Indian journal of veterinary science and animal husbandry - Volumes 22-23, 1952-1953
Year: 1952
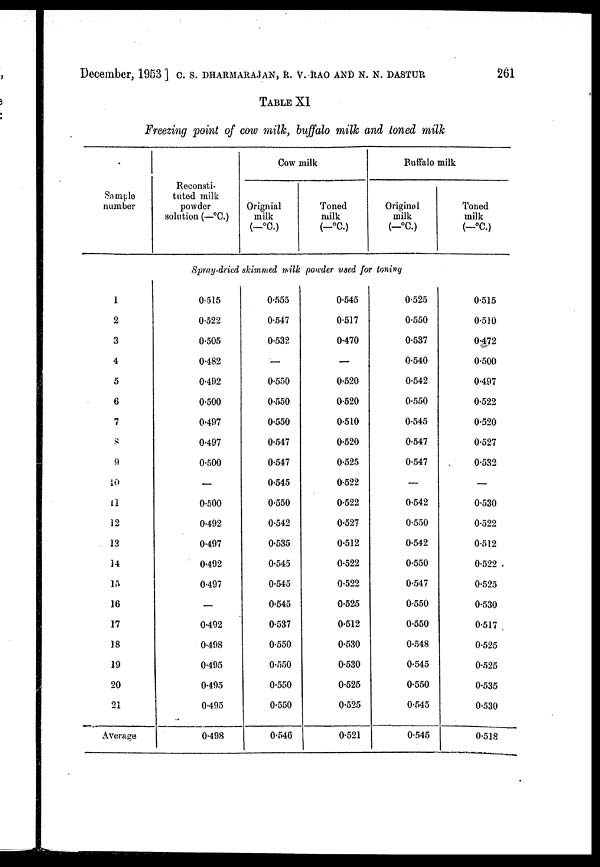
December, 1953] C. S. DHARMARAJAN, R. V. RAO AND N. N. DASTUR 261
TABLE XI
Freezing point of cow milk, buffalo milk and toned milk
Sample
number
1
2
3
4
5
6
7
8
9
10
11
12
13
14
15
16
17
18
19
20
21
Average
Reconsti-
tuted milk
powder
solution (—ºC.)
Cow milk
Original
milk
(—ºC.)
Toned
milk
(—ºC.)
Buffalo milk
Original
milk
(—ºC.)
Toned
milk
(—ºC.)
Spray-dried skimmed milk powder used for toning
0.515
0.522
0.505
0.482
0.492
0.500
0.497
0.497
0.500
—
0.500
0.492
0.497
0.492
0.497
—
0.492
0.498
0.495
0.495
0.495
0.498
0.555
0.547
0.532
—
0.550
0.550
0.550
0.547
0.547
0.545
0.550
0.542
0.535
0.545
0.545
0.545
0.537
0.550
0.550
0.550
0.550
0.546
0.545
0.517
0.470
—
0.520
0.520
0.510
0.520
0.525
0.522
0.522
0.527
0.512
0.522
0.522
0.525
0.512
0.530
0.530
0.525
0.525
0.521
0.525
0.550
0.537
0.540
0.542
0.550
0.545
0.547
0.547
—
0.542
0.550
0.542
0.550
0.547
0.550
0.550
0.548
0.545
0.550
0.545
0.545
0.515
0.510
0.472
0.500
0.497
0.522
0.520
0.527
0.532
—
0.530
0.522
0.512
0.522
0.525
0.530
0.517
0.525
0.525
0.535
0.530
0.518